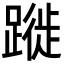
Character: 蹝